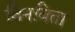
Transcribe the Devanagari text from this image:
विनविता